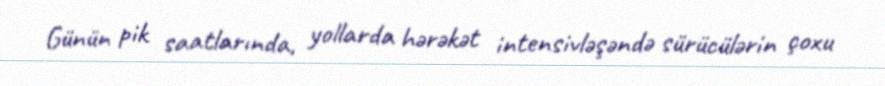
Günün pik saatlarında, yollarda hərəkət intensivləşəndə sürücülərin çoxu